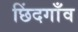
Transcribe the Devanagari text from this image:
छिंदगाँव